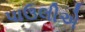
પાઉલીએ